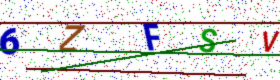
Text: 6ZFSV